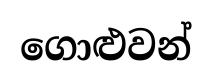
ගොළුවන්